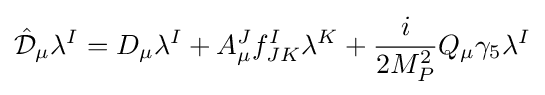
{\hat {\mathcal {D}}}_{\mu }\lambda ^{I}=D_{\mu }\lambda ^{I}+A_{\mu }^{J}f_{JK}^{I}\lambda ^{K}+{\frac {i}{2M_{P}^{2}}}Q_{\mu }\gamma _{5}\lambda ^{I}